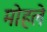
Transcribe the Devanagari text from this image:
माेहले